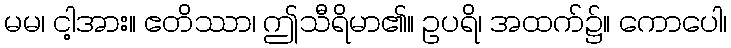
မမ၊ ငါ့အား။ ဧတိဿာ၊ ဤသီရိမာ၏။ ဥပရိ၊ အထက်၌။ ကောပေါ၊